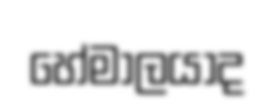
හේමාලයාද